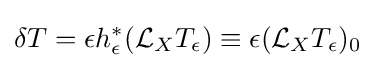
\delta T=\epsilon h_{\epsilon }^{*}({\mathcal {L}}_{X}T_{\epsilon })\equiv \epsilon ({\mathcal {L}}_{X}T_{\epsilon })_{0}